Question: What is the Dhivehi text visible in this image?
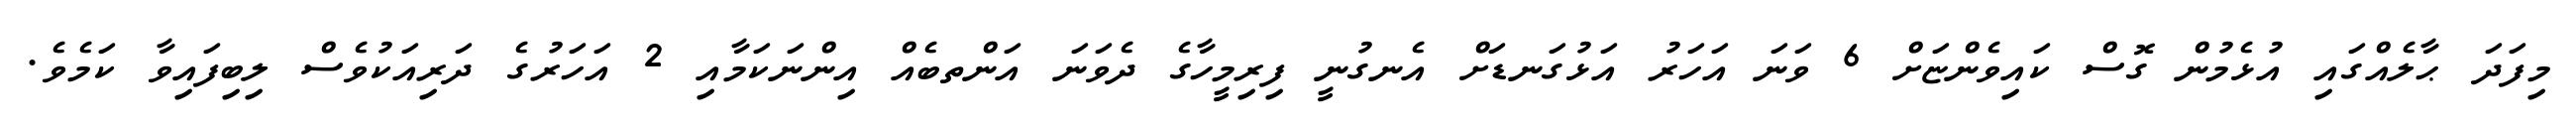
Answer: މިފަދަ ޙާލެއްގައި އުޅެމުން ގޮސް ކައިވެންޏަށް 6 ވަނަ އަހަރު އަޅުގަނޑަށް އެނގުނީ ފިރިމީހާގެ ދެވަނަ އަންތބެއް އިންނަކަމާއި 2 އަހަރުގެ ދަރިއަކުވެސް ލިބިފައިވާ ކަމެވެ.